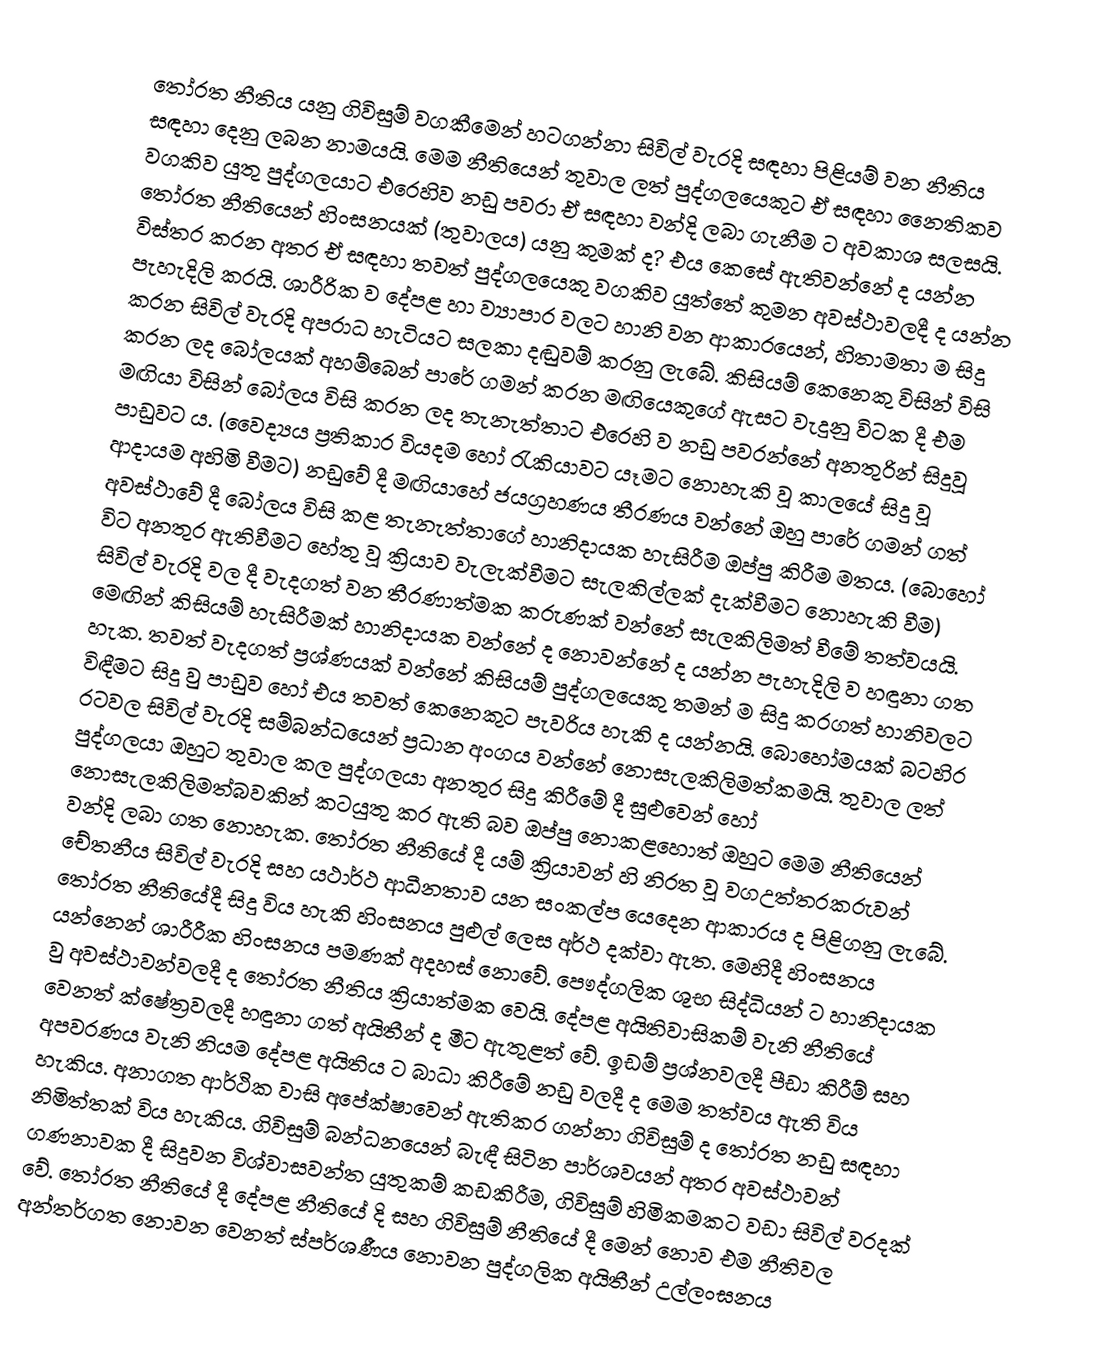
තෝරත නීතිය යනු ගිවිසුම් වගකීමෙන් හටගන්නා සිවිල් වැරදි සඳහා පිළියම් වන නීතිය සඳහා දෙනු ලබන නාමයයි. මෙම නීතියෙන් තුවාල ලත් පුද්ගලයෙකුට ඒ සඳහා නෛතිකව වගකිව යුතු පුද්ගලයාට එරෙහිව නඩු පවරා ඒ සඳහා වන්දි ලබා ගැනීම ට අවකාශ සලසයි. තෝරත නීතියෙන් හිංසනයක් (තුවාලය) යනු කුමක් ද? එය කෙසේ ඇතිවන්නේ ද යන්න විස්තර කරන අතර ඒ සඳහා තවත් පුද්ගලයෙකු වගකිව යුත්තේ කුමන අවස්ථාවලදී ද යන්න පැහැදිලි කරයි. ශාරීරික ව දේපළ හා ව්‍යාපාර වලට හානි වන ආකාරයෙන්, හිතාමතා ම සිදු කරන සිවිල් වැරදි අපරාධ හැටියට සලකා දඬුවම් කරනු ලැබේ. කිසියම් කෙනෙකු විසින් විසි කරන ලද බෝලයක් අහම්බෙන් පාරේ ගමන් කරන මඟියෙකුගේ ඇසට වැදුනු විටක දී එම මඟියා විසින් බෝලය විසි කරන ලද තැනැත්තාට එරෙහි ව නඩු පවරන්නේ අනතුරින් සිදුවූ පාඩුවට ය. (වෛද්‍යය ප්‍රතිකාර වියදම හෝ රැකියාවට යෑමට නොහැකි වූ කාලයේ සිදු වූ ආදායම අහිමි වීමට) නඩුවේ දී මඟියාහේ ජයග්‍රහණය තීරණය වන්නේ ඔහු පාරේ ගමන් ගත් අවස්ථාවේ දී බෝලය විසි කළ තැනැත්තාගේ හානිදායක හැසිරීම ඔප්පු කිරීම මතය. (බොහෝ විට අනතුර ඇතිවීමට හේතු වූ ක්‍රියාව වැලැක්වීමට සැලකිල්ලක් දැක්වීමට නොහැකි වීම) සිවිල් වැරදි වල දී වැදගත් වන තීරණාත්මක කරුණක් වන්නේ සැලකිලිමත් වීමේ තත්වයයි. මෙඟින් කිසියම් හැසිරීමක් හානිදායක වන්නේ ද නොවන්නේ ද යන්න පැහැදිලි ව හඳුනා ගත හැක. තවත් වැදගත් ප්‍රශ්ණයක් වන්නේ කිසියම් පුද්ගලයෙකු තමන් ම සිදු කරගත් හානිවලට විඳීමට සිදු වු පාඩුව හෝ එය තවත් කෙනෙකුට පැවරිය හැකි ද යන්නයි. බොහෝමයක් බටහිර රටවල සිවිල් වැරදි සම්බන්ධයෙන් ප්‍රධාන අංගය වන්නේ නොසැලකිලිමත්කමයි. තුවාල ලත් පුද්ගලයා ඔහුට තුවාල කල පුද්ගලයා අනතුර සිදු කිරීමේ දී සුළුවෙන් හෝ නොසැලකිලිමත්බවකින් කටයුතු කර ඇති බව ඔප්පු නොකළහොත් ඔහුට මෙම නීතියෙන් වන්දි ලබා ගත නොහැක. තෝරත නීතියේ දී යම් ක්‍රියාවන් හි නිරත වූ වගඋත්තරකරුවන් චේතනීය සිවිල් වැරදි සහ යථාර්ථ ආධීනතාව යන සංකල්ප යෙදෙන ආකාරය ද පිළිගනු ලැබේ. තෝරත නීතියේදී සිදු විය හැකි හිංසනය පුළුල් ලෙස අර්ථ දක්වා ඇත. මෙහිදී හිංසනය  යන්නෙන් ශාරීරීක හිංසනය පමණක් අදහස් නොවේ. පෞද්ගලික ශුභ සිද්ධියන් ට හානිදායක වු අවස්ථාවන්වලදී ද තෝරත නීතිය ක්‍රියාත්මක වෙයි. දේපළ අයිතිවාසිකම් වැනි නීතියේ වෙනත් ක්ෂේත්‍රවලදී හඳුනා ගත් අයිතීන් ද මීට ඇතුළත් වේ. ඉඩම්  ප්‍රශ්නවලදී පීඩා කිරීම් සහ අපවරණය වැනි නියම දේපළ අයිතිය ට බාධා කිරීමේ නඩු වලදී ද මෙම තත්වය ඇති විය හැකිය. අනාගත ආර්ථික වාසි අපේක්ෂාවෙන් ඇතිකර ගන්නා ගිවිසුම් ද තෝරත නඩු සඳහා නිමිත්තක් විය හැකිය. ගිවිසුම් බන්ධනයෙන් බැඳී සිටින පාර්ශවයන් අතර අවස්ථාවන් ගණනාවක දී සිදුවන විශ්වාසවන්ත යුතුකම් කඩකිරීම, ගිවිසුම් හිමිකමකට වඩා සිවිල් වරදක් වේ. තෝරත නීතියේ දී දේපළ නීතියේ දි සහ ගිවිසුම් නීතියේ දී මෙන් නොව එම නීතිවල අන්තර්ගත නොවන වෙනත් ස්පර්ශණීය නොවන පුද්ගලික අයිතීන් උල්ලංඝනය